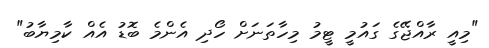
"މިއީ ރާއްޖޭގެ ގައުމީ ޓީމު މިހާތަނަށް ހޯދި އެންމެ ބޮޑު އެއް ކާމިޔާބު"